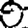
Digit: 0